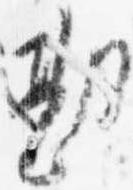
勘